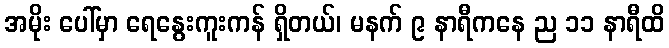
အမိုး ပေါ်မှာ ရေနွေးကူးကန် ရှိတယ်၊ မနက် ၉ နာရီကနေ ည ၁၁ နာရီထိ